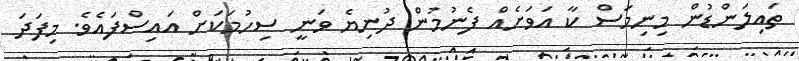
ތައިލަންޑުން މިނިމަސް ކާ އަވަށެއް ފެނުމުން ދުނިޔެ ވަނީ ސިހުމަކަށް އައިސްފައެވެ. މިފަދަ